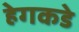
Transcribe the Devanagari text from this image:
हेगकडे